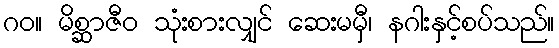
ဂဝ။ မိစ္ဆာဇီဝ သုံးစားလျှင် ဆေးမမှီ၊ နဂါးနှင့်စပ်သည်။